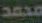
محمد